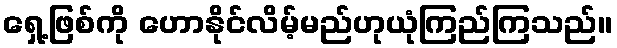
ရှေ့ဖြစ်ကို ဟောနိုင်လိမ့်မည်ဟုယုံကြည်ကြသည်။